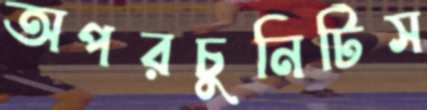
অপরচুনিটিস